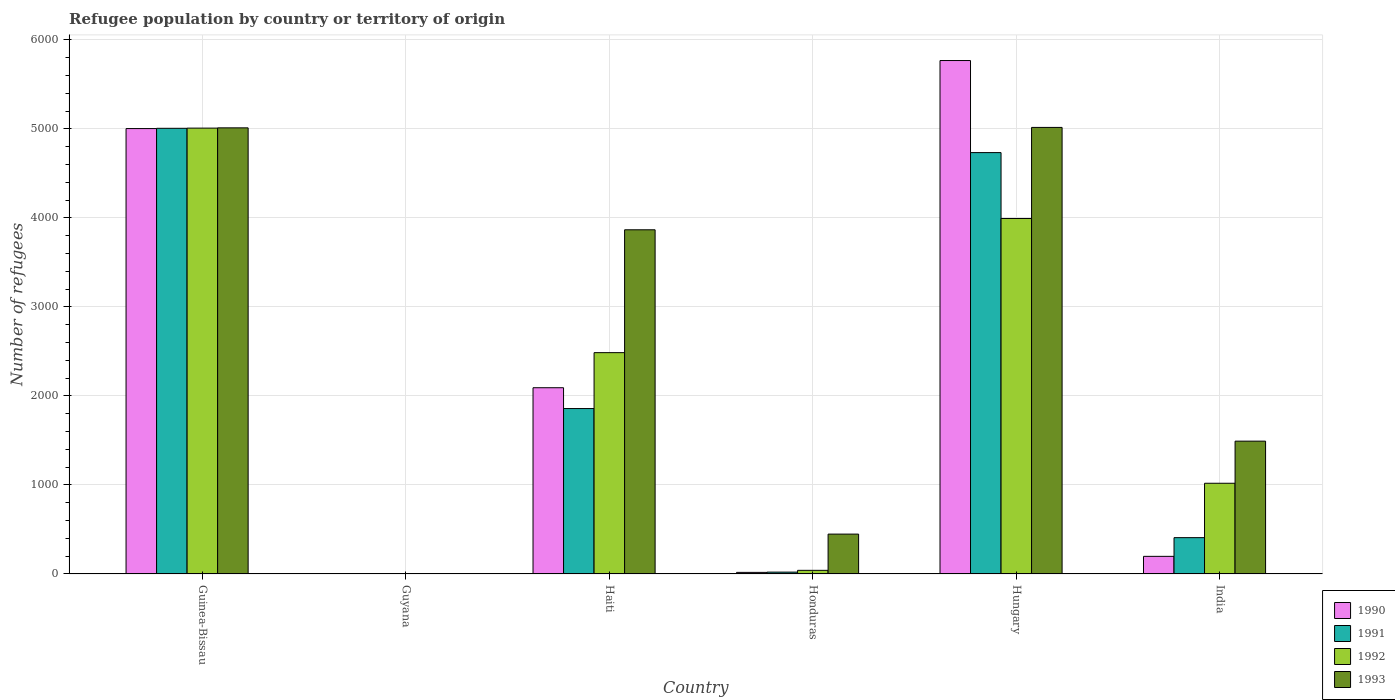
| Country | 1990 | 1991 | 1992 | 1993 |
 | --- | --- | --- | --- | --- |
 | Guinea-Bissau | 5e+03 | 5.01e+03 | 5.01e+03 | 5.01e+03 |
 | Guyana | 2 | 1 | 2 | 4 |
 | Haiti | 2.09e+03 | 1.86e+03 | 2.49e+03 | 3.87e+03 |
 | Honduras | 18 | 21 | 41 | 448 |
 | Hungary | 5.77e+03 | 4.73e+03 | 3.99e+03 | 5.02e+03 |
 | India | 198 | 408 | 1.02e+03 | 1.49e+03 |